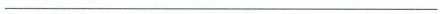
___________________________